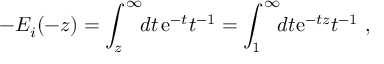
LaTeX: - E _ { i } ( - z ) = \int _ { z } ^ { \infty } \! \! d t \, { \mathrm e } ^ { - t } t ^ { - 1 } = \int _ { 1 } ^ { \infty } \! \! d t { \mathrm e } ^ { - t z } t ^ { - 1 } \ ,